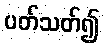
ပတ်သတ်၍